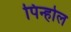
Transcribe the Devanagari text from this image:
पिन्होल